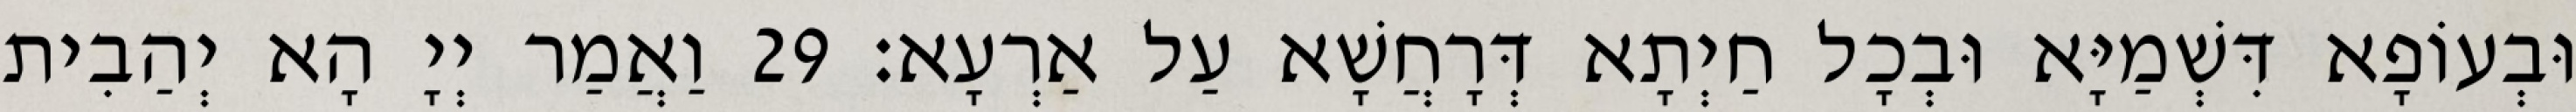
וּבְעוֹפָא דִּשְׁמַיָּא וּבְכָל חַיְתָא דְּרָחֲשָׁא עַל אַרְעָא׃ 29 וַאֲמַר יְיָ הָא יְהַבִית